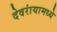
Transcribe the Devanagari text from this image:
देवरांयामध्ये